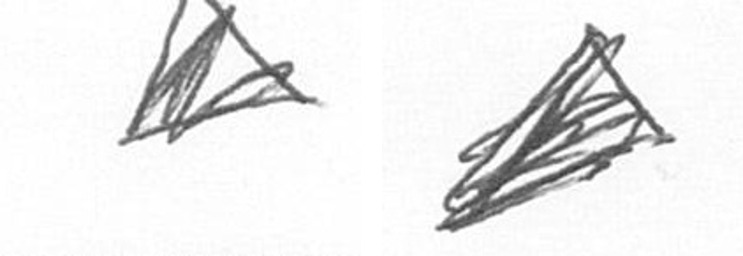
O O